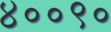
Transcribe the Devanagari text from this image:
४००९०